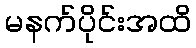
မနက်ပိုင်းအထိ